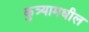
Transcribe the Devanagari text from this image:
कुत्र्यामधील